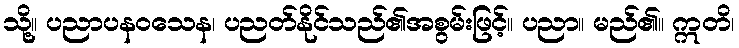
သို့။ ပညာပနဝသေန၊ ပညတ်နိုင်သည်၏အစွမ်းဖြင့်။ ပညာ။ မည်၏။ ဣတိ၊